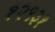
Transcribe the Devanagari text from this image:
१२९३१